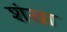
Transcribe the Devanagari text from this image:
शंखा